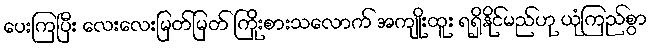
ပေးကြပြီး လေးလေးမြတ်မြတ် ကြိုးစားသလောက် အကျိုးထူး ရရှိနိုင်မည်ဟု ယုံကြည်စွာ